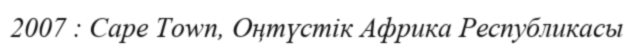
2007 : Cape Town, Оңтүстік Африка Республикасы